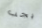
يجب